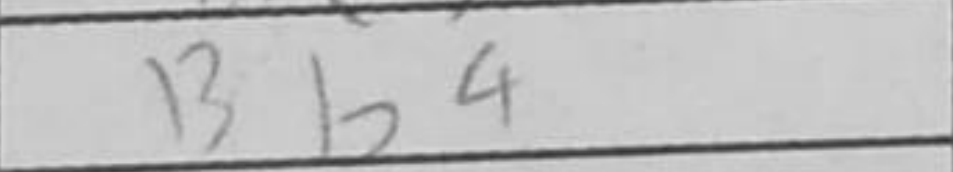
Transcription: Bb4